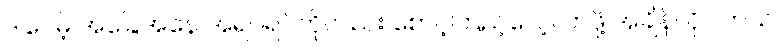
ဒါပေမဲ့ အခြေအနေ အရပ်ရပ်ကိုလည်း စောင့်ကြည့်လေ့လာဖို့ အချိန်လိုပါတယ်